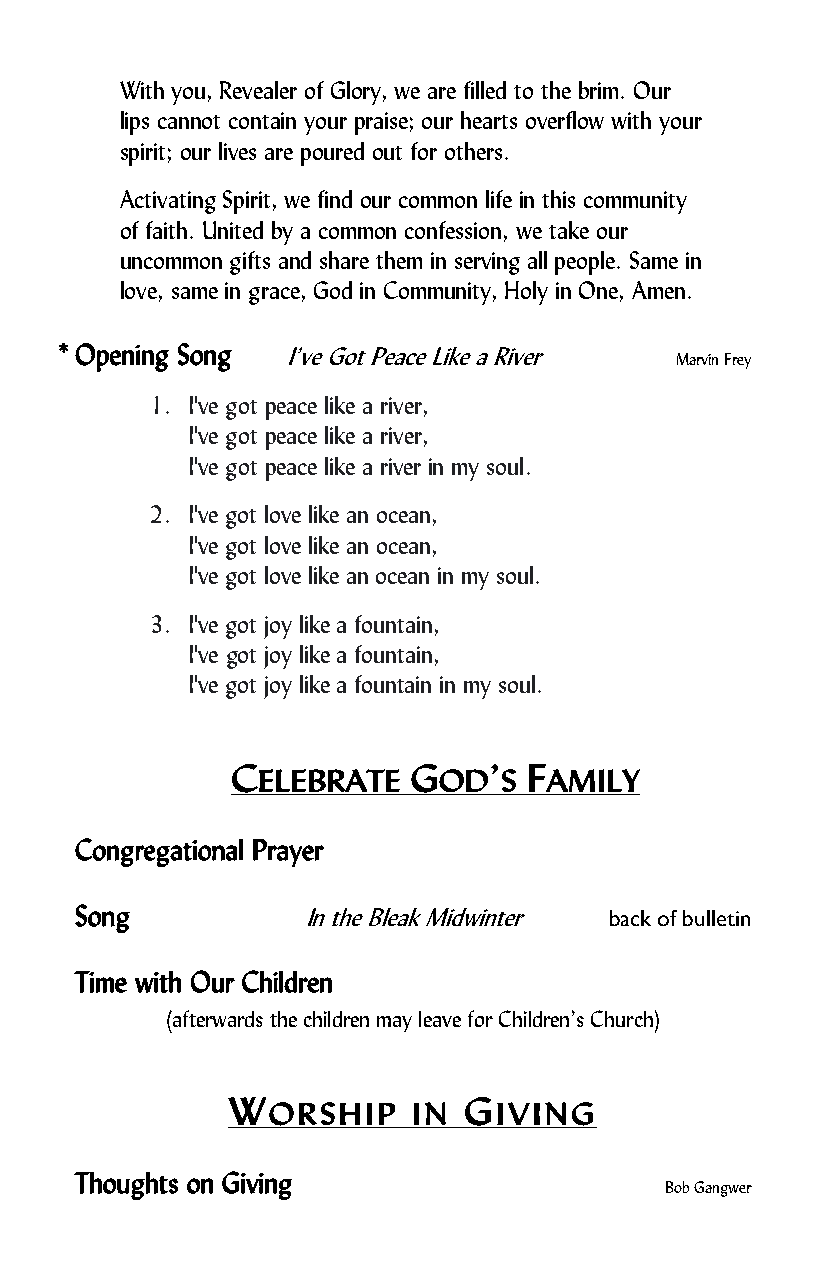
With you, Revealer of Glory, we are filled to the brim. Our
 lips cannot contain your praise; our hearts overflow with your
 spirit; our lives are poured out for others.
 Activating Spirit, we find our common life in this community
 of faith. United by a common confession, we take our
 uncommon gifts and share them in serving all people. Same in
 love, same in grace, God in Community, Holy in One, Amen.
 * Opening Song I’ve Got Peace Like a River
 Marvin Frey
 1. I've got peace like a river,
 I've got peace like a river,
 I've got peace like a river in my soul.
 2. I've got love like an ocean,
 I've got love like an ocean,
 I've got love like an ocean in my soul.
 3. I've got joy like a fountain,
 I've got joy like a fountain,
 I've got joy like a fountain in my soul.
 CELEBRATE   GOD’S   FAMILY
 Congregational Prayer
 Song           In the Bleak Midwinter back of bulletin
 Time with Our Children
 (afterwards the children may leave for Children’s Church)
 WORSHIP     IN  GIVING
 Thoughts on Giving
 Bob Gangwer